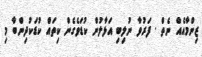
ޒިންމާއެއް ނެތް . ފަރުވާ ނުލިބި އަޅާލުން ކުޑަވެގެން ކިތައް ކުޑަކުދިންބާ މި